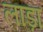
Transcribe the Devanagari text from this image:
लाड़ा